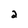
Character: 2